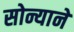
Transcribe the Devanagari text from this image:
सोन्यानें